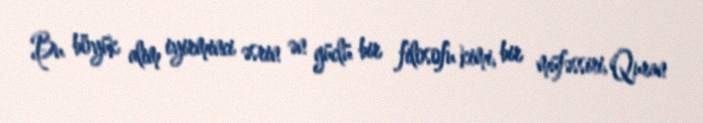
Bu böyük alim iyirminci əsrin ən güclü bir filosofu kimi, bir müfəssiri, Quran